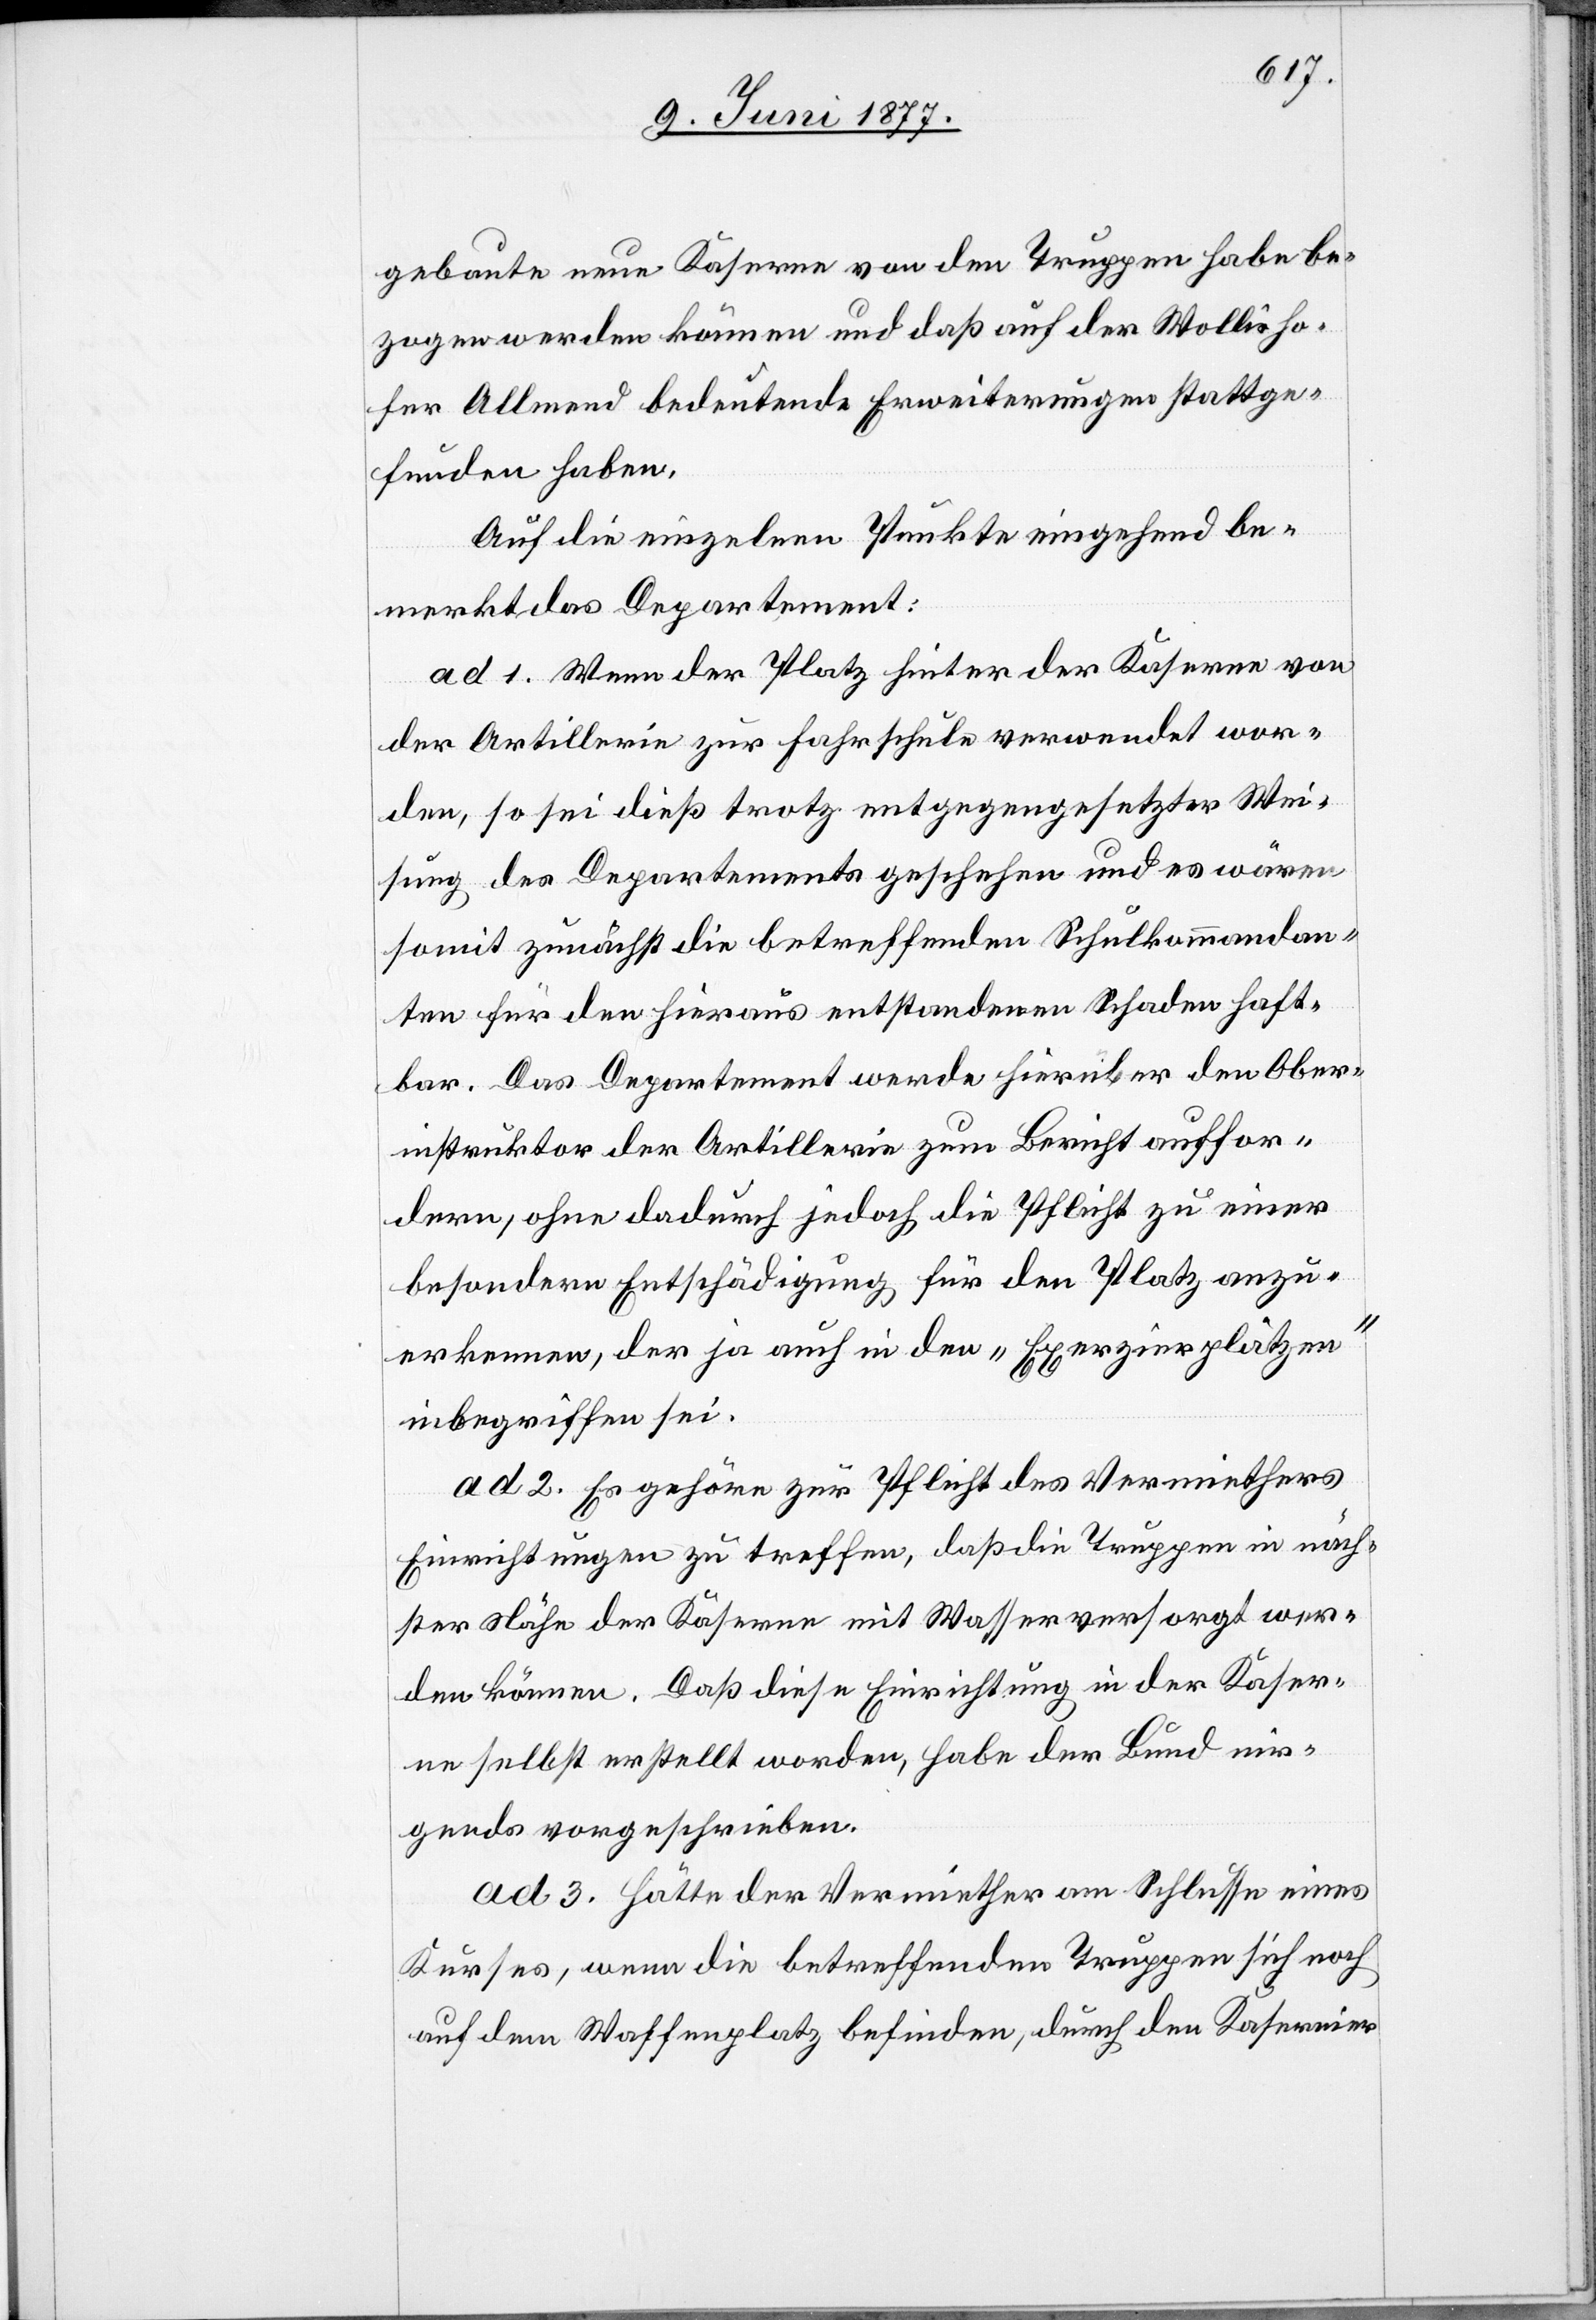
gebaute neue Kaserne von den Truppen habe be¬
zogen werden können und daß auf der Wollisho¬
fer Allmend bedeutende Erweiterungen stattge¬
funden haben.
Auf die einzelnen Punkte eingehend be¬
merkt das Departement:
ad 1. Wenn der Platz hinter der Kaserne von
der Artillerie zur Fahrschule verwendet wor¬
den, so sei dieß trotz entgegengesetzter Wei¬
sung des Departements geschehen und es wären
somit zunächst die betreffenden Schulkommandan¬
ten für den hieraus entstandenen Schaden haft¬
bar. Das Departement werde hierüber den Ober¬
inspektor der Artillerie zum Bericht auffor¬
dern, ohne dadurch jedoch die Pflicht zu einer
besondern Entschädigung für den Platz anzu¬
erkennen, der ja auch in den „Exerzierplätzen“
inbegriffen sei.
ad 2. Es gehöre zur Pflicht des Vermiethers
Einrichtungen zu treffen, daß die Truppen in näch¬
ster Nähe der Kaserne mit Wasser versorgt wer¬
den können. Daß diese Einrichtung in der Kaser¬
ne selbst erstellt worden, habe der Bund nir¬
gends vorgeschrieben.
ad 3. Hätte der Vermiether am Schlusse eines
Kurses, wenn die betreffenden Truppen sich noch
auf dem Waffenplatz befinden, durch den Kasernier